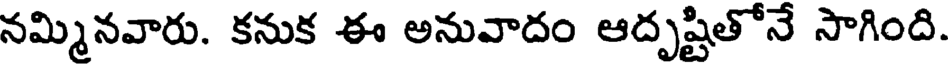
నమ్మినవారు. కనుక ఈ అనువాదం ఆదృష్టితోనే సాగింది.